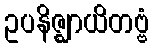
ဥပနိဇ္ဈာယိတဗ္ဗံ